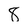
Character: 8